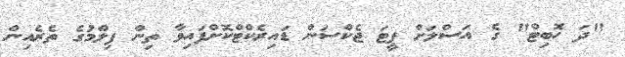
"ދަ ހޮބިޓް" ގެ އަސްލަށް ޕީޓަ ޖެކްސަން ޑައިރެކްޓްކޮށްފައިވާ ތިން ފިލްމުގެ ތެރެއިން